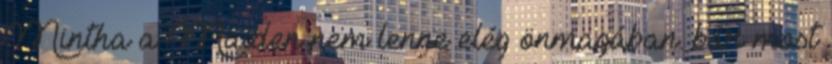
Mintha a Maiden nem lenne elég önmagában. bár most